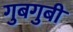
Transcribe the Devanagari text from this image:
गुबगुबी